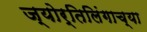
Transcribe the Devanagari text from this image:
ज्‍योर्तिलिंगाच्‍या